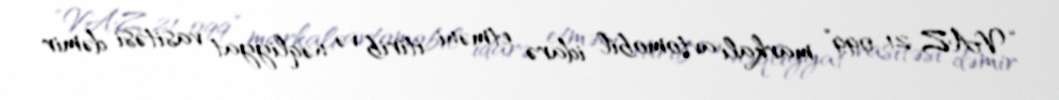
“VAZ 21 099” markalı avtomobil idarə etməni itirib və nəqliyyat vasitəsi dəmir